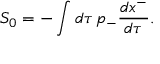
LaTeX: S _ { 0 } = - \int d \tau \, p _ { - } { \frac { d x ^ { - } } { d \tau } } .